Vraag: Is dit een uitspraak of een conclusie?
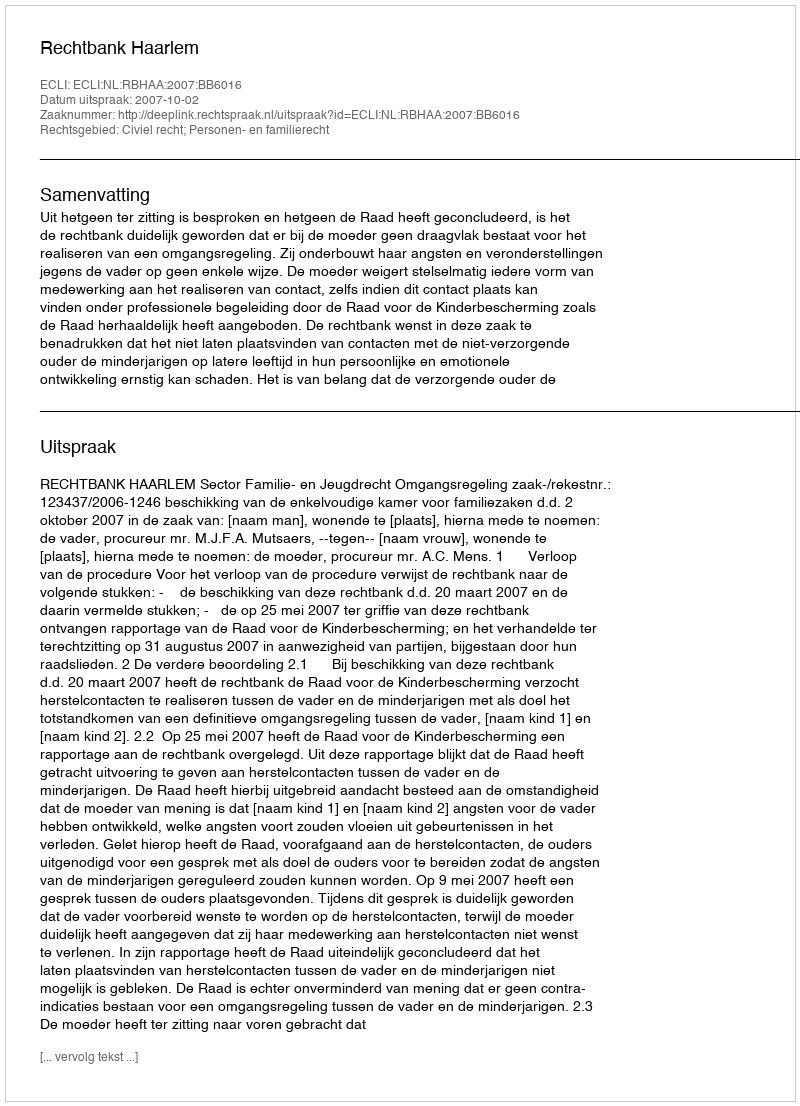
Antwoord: Uitspraak